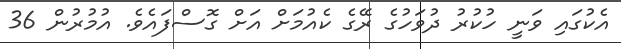
އެކުގައި ވަނީ ހުކުރު ދުވަހުގެ ރޭގެ ކެއުމަށް އަށް ގޮސްފައެވެ. އުމުރުން 36